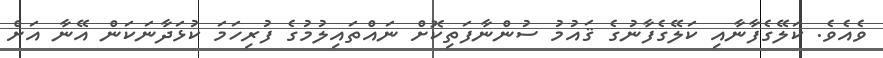
ވެއެވެ. ކަލޭގެފާނާއި ކަލޭގެފާނުގެ ޤައުމު ސުންނާފަތިކޮށް ނައްތައިލުމުގެ ފުރިހަމަ ކުޅަދާނަކަން އޭނާ އަށް